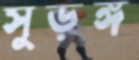
সুড়ঙ্গ